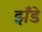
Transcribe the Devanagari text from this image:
झँडे